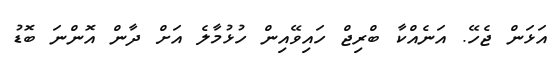
އަޅަން ޖެހޭ. އަނެއްކާ ބްރިޖް ހައިވޭއިން ހުޅުމާލެ އަށް ދާން އޮންނަ ބޮޑު